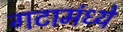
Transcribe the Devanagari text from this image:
गटामंध्ये